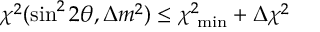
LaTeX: \chi ^ { 2 } ( \sin ^ { 2 } 2 \theta , \Delta m ^ { 2 } ) \leq \chi _ { \mathrm { \scriptsize ~ m i n } } ^ { 2 } + \Delta \chi ^ { 2 }